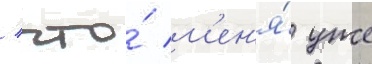
/ что́ м'ен'я́ уже